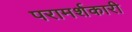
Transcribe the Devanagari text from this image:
परामर्शकारी